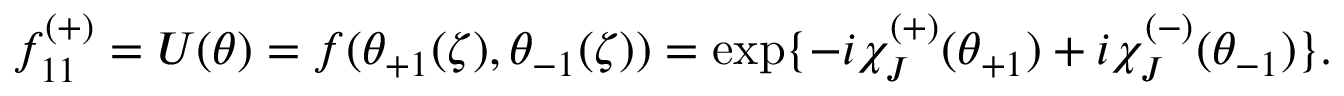
f _ { 1 1 } ^ { ( + ) } = U ( \theta ) = f ( \theta _ { + 1 } ( \zeta ) , \theta _ { - 1 } ( \zeta ) ) = \exp \{ - i \chi _ { J } ^ { ( + ) } ( \theta _ { + 1 } ) + i \chi _ { J } ^ { ( - ) } ( \theta _ { - 1 } ) \} .